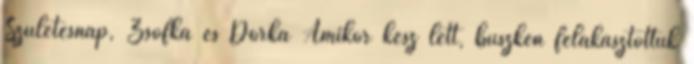
Születésnap, Zsofka és Dorka Amikor kész lett, büszkén felakasztottuk